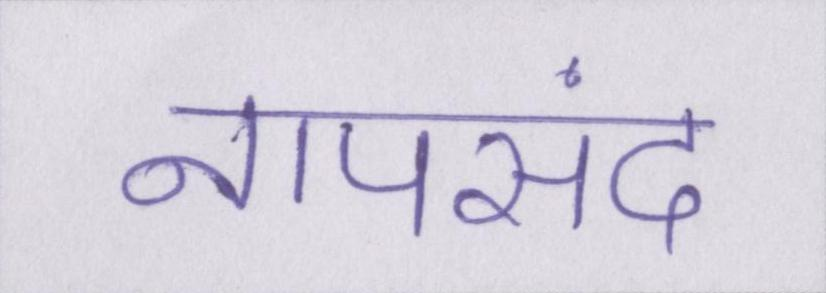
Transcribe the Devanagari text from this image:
नापसंद